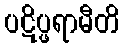
ပဋိပ္ဖရာမီတိ